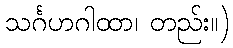
သင်္ဂဟဂါထာ၊ တည်း။)